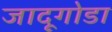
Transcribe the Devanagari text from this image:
जादूगोडा